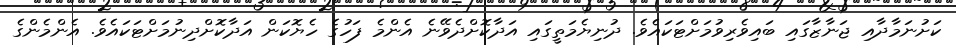
ކަށުނަމާދާއި ޖަނާޒާގައި ބައިވެރިވުމަށްޓަކައެވެ. ދުނިޔެމަތީގައި އަދާކޮށްދެވޭނެ އެންމެ ފަހުގެ ހެޔޮކަން އަދާކޮށްދިނުމަށްޓަކައެވެ. އެންމެންގެ